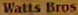
Watts Bros